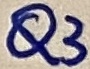
Text: Q3